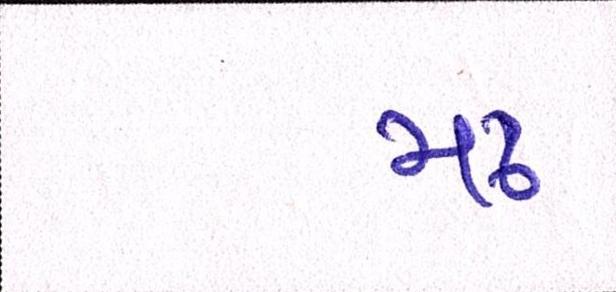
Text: મઢ